French and German assistants in Scottish schools and training centres, 1937
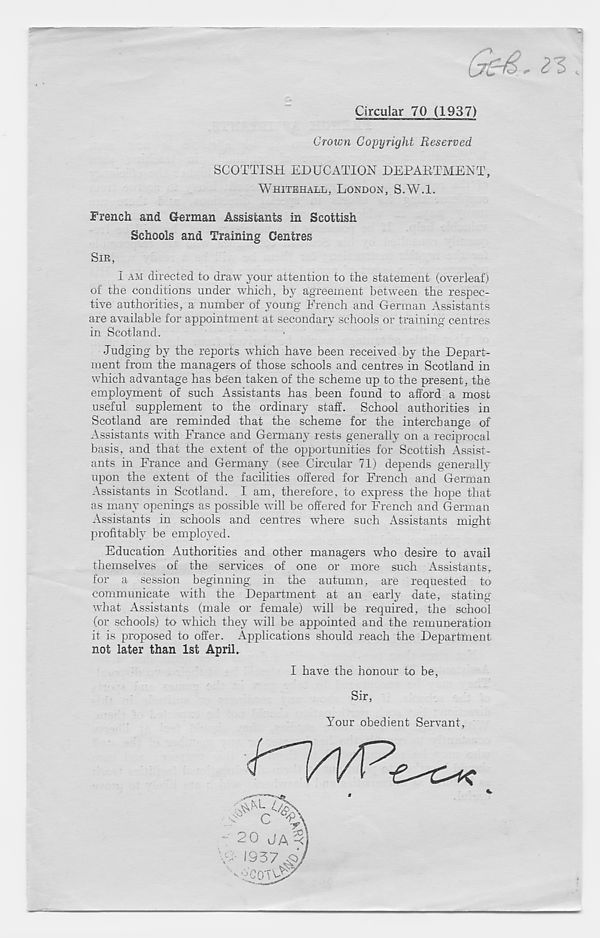
^3
Circular 70 (1937)
Crown Copyright Reserved
SCOTTISH EDUCATION DEPARTMENT
WHITEHALL, LONDON, S.W.l.
French and German Assistants in Scottish
Schools and Training Centres
SIR,
I AM directed to draw your attention to the statement (overleaf)
of the conditions under which, by agreement between the respec-
tive authorities, a number of young French and German Assistants
are available for appointment at secondary schools or training centres
in Scotland.
Judging by the reports which have been received by the Depart-
ment from the managers of those schools and centres in Scotland in
which advantage has been taken of the scheme up to the present, the
employment of such Assistants has been found to afford a most
useful supplement to the ordinary staff. School authorities in
Scotland are reminded that the scheme for the interchange of
Assistants with France and Germany rests generally on a reciprocal
basis, and that the extent of the opportunities for Scottish Assist-
ants in France and Germany (see Circular 71) depends generally
upon the extent of the facilities offered for French and German
Assistants in Scotland. I am, therefore, to express the hope that
as many openings as possible will be offered for French and German
Assistants in schools and centres where such Assistants might
profitably be employed.
Education Authorities and other managers who desire to avail
themselves of the services of one or more such Assistants,
for a session beginning, in the autumn, are requested to
communicate with the Department at an early date, stating'
what Assistants (male or female) will be required, the school
(or schools) to which they will be appointed and the remuneration
it is proposed to offer. Applications should reach the Department
not later than 1st April.
I have the honour to be
Sir,
Your obedient Servant,